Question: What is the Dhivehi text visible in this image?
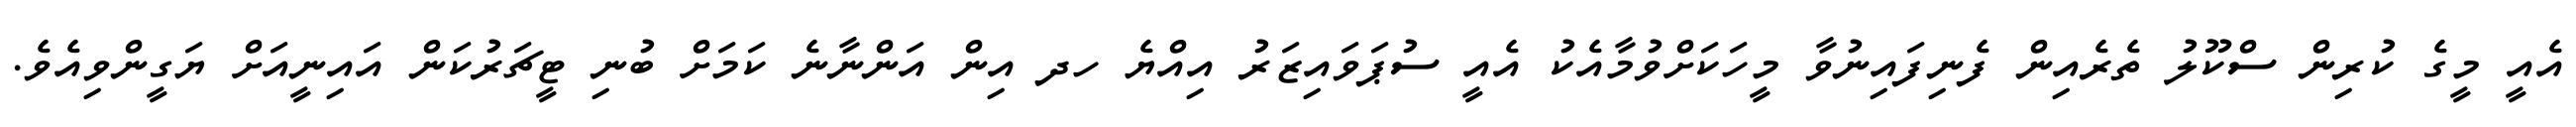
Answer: އެއީ މީގެ ކުރިން ސްކޫލު ތެރެއިން ފެނިފައިނުވާ މީހަކަށްވުމާއެކު އެއީ ސުޕަވައިޒަރު އިއްޔެ ހދ އިން އަންނާނެ ކަމަށް ބުނި ޓީޗަރުކަން އައިނީއަށް ޔަގީންވިއެވެ.